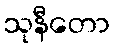
သုနီတော